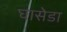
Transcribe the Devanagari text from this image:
घासेडा